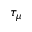
\tau _ { \mu }